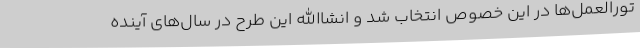
تورالعمل‌ها در این خصوص انتخاب شد و انشاالله این طرح در سال‌های آینده